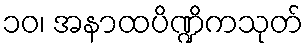
၁၀၊ အနာထပိဏ္ဍိကသုတ်